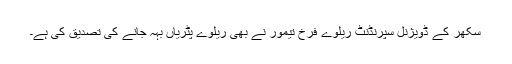
سکھر کے ڈویژنل سپرنڈنٹ ریلوے فرخ تیمور نے بھی ریلوے پٹریاں بہہ جانے کی تصدیق کی ہے۔